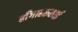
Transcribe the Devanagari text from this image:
हाँगाहरुलाई